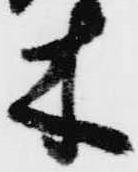
木